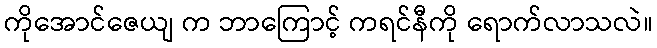
ကိုအောင်ဇေယျ က ဘာကြောင့် ကရင်နီကို ရောက်လာသလဲ။